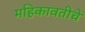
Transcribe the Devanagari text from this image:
महिकावतीचे